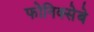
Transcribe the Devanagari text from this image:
फोनिक्सेबे